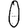
Digit: 0